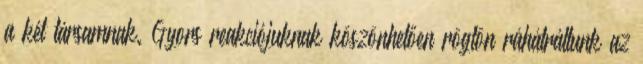
a két társamnak. Gyors reakciójuknak köszönhetően rögtön ráhátráltunk az